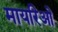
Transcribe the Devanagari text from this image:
मायरिओ